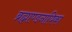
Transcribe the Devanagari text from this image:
ब्रह्माण्डनायिका